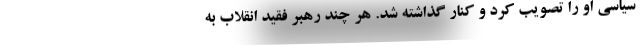
سیاسی او را تصویب کرد و کنار گذاشته شد. هر چند رهبر فقید انقلاب به